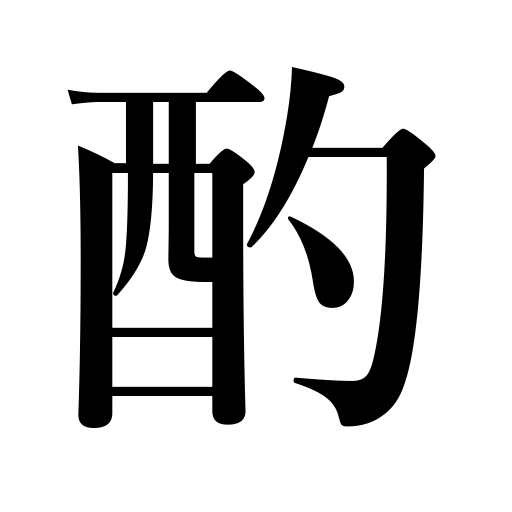
Meanings: sympathize with,ladle,serving sake,dip,drink,draw water,pump,consider,scoop,the server,think